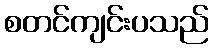
စတင်ကျင်းပသည်